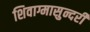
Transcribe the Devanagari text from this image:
शिवाग्मासुन्दरी